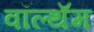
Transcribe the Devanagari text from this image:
वॉल्थॅम